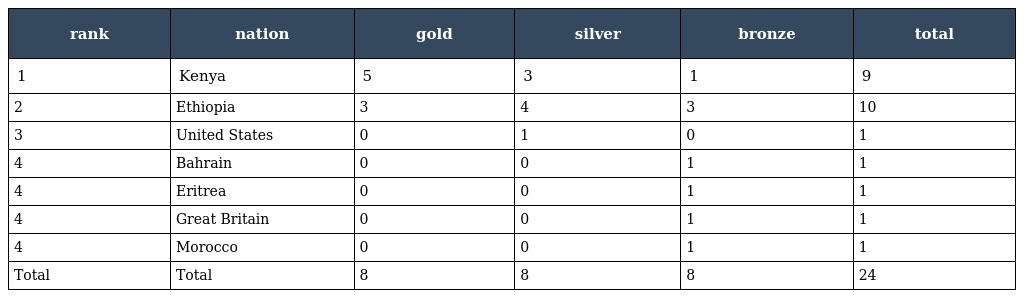
| rank | nation | gold | silver | bronze | total |
 | --- | --- | --- | --- | --- | --- |
 | 1 | Kenya | 5 | 3 | 1 | 9 |
 | 2 | Ethiopia | 3 | 4 | 3 | 10 |
 | 3 | United States | 0 | 1 | 0 | 1 |
 | 4 | Bahrain | 0 | 0 | 1 | 1 |
 | 4 | Eritrea | 0 | 0 | 1 | 1 |
 | 4 | Great Britain | 0 | 0 | 1 | 1 |
 | 4 | Morocco | 0 | 0 | 1 | 1 |
 | Total | Total | 8 | 8 | 8 | 24 |